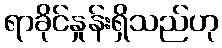
ရာခိုင်နှုန်းရှိသည်ဟု